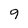
Character: 9